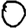
Digit: 0